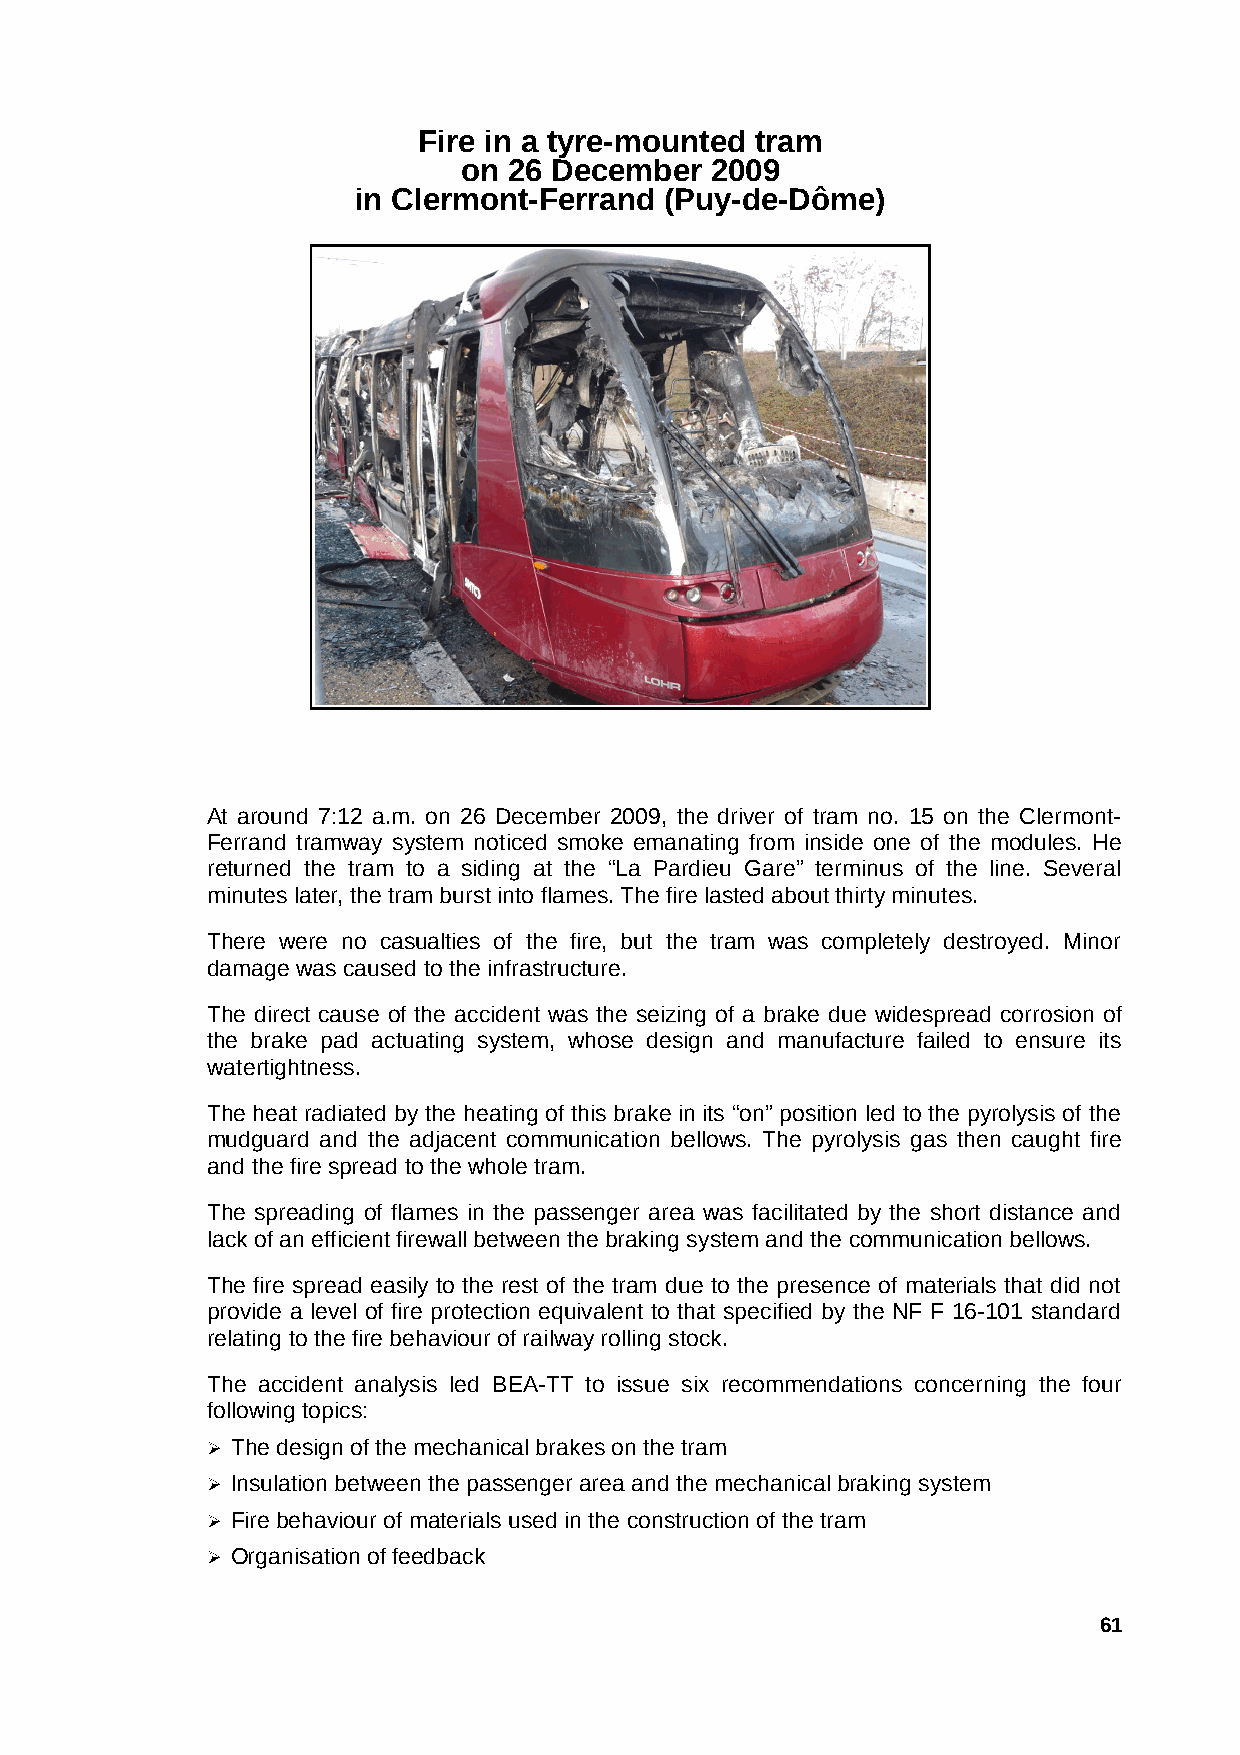
Fire in a tyre-mounted tram
 on  26 December  2009
 in Clermont-Ferrand  (Puy-de-Dôme)
 At around 7:12 a.m. on 26 December 2009, the driver of tram no. 15 on the Clermont-
 Ferrand tramway system noticed smoke emanating from inside one of the modules. He
 returned the tram to a siding at the “La Pardieu Gare” terminus of the line. Several
 minutes later, the tram burst into flames. The fire lasted about thirty minutes.
 There were no casualties of the fire, but the tram was completely destroyed. Minor
 damage was caused to the infrastructure.
 The direct cause of the accident was the seizing of a brake due widespread corrosion of
 the brake pad actuating system, whose design and manufacture failed to ensure its
 watertightness.
 The heat radiated by the heating of this brake in its “on” position led to the pyrolysis of the
 mudguard and the adjacent communication bellows. The pyrolysis gas then caught fire
 and the fire spread to the whole tram.
 The spreading of flames in the passenger area was facilitated by the short distance and
 lack of an efficient firewall between the braking system and the communication bellows.
 The fire spread easily to the rest of the tram due to the presence of materials that did not
 provide a level of fire protection equivalent to that specified by the NF F 16-101 standard
 relating to the fire behaviour of railway rolling stock.
 The accident analysis led BEA-TT to issue six recommendations concerning the four
 following topics:
 ➢ The design of the mechanical brakes on the tram
 ➢ Insulation between the passenger area and the mechanical braking system
 ➢ Fire behaviour of materials used in the construction of the tram
 ➢ Organisation of feedback
 61